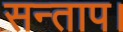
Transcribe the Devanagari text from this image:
सन्‍ताप।